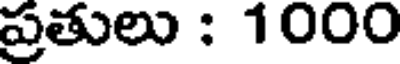
ప్రతులు : 1000